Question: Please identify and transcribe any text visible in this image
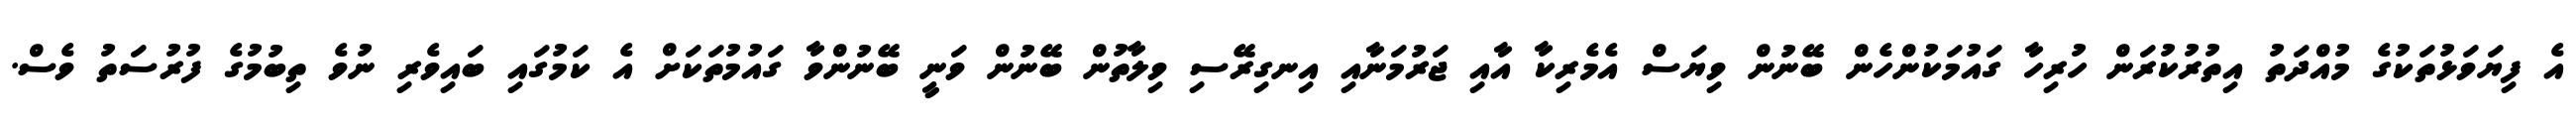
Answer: އެ ފިޔަވަޅުތަކުގެ މުއްދަތު އިތުރުކުރަން ހުރިހާ ގައުމަކުންހެން ބޭނުން ވިޔަސް އެމެރިކާ އާއި ޖަރުމަނާއި އިނގިރޭސި ވިލާތުން ބޭނުން ވަނީ ބޭނުންވާ ގައުމުތަކަށް އެ ކަމުގައި ބައިވެރި ނުވެ ތިބުމުގެ ފުރުސަތު ވެސް.